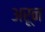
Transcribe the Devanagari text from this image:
अरून